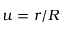
u = r / R